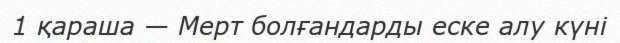
1 қараша — Мерт болғандарды еске алу күні